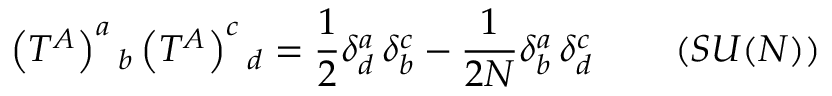
\left( T ^ { A } \right) ^ { a } { } _ { b } \left( T ^ { A } \right) ^ { c } { } _ { d } = \frac { 1 } { 2 } \delta _ { d } ^ { a } \, \delta _ { b } ^ { c } - \frac { 1 } { 2 N } \delta _ { b } ^ { a } \, \delta _ { d } ^ { c } \qquad \left( S U ( N ) \right)